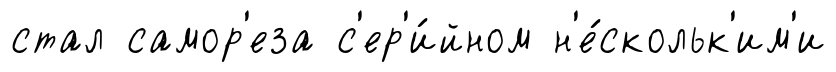
стал самор'еза с'ер'и́йном н'е́скольк'им'и